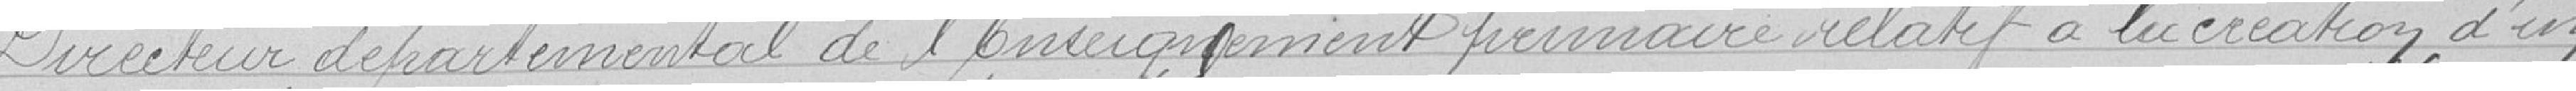
Directeur départemental de l'Enseignement primaire relatif à la création d'un